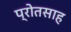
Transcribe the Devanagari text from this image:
प्रोतसाह